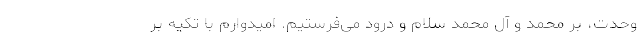
وحدت، بر محمد و آل محمد سلام و درود می‌فرستیم. امیدوارم با تکیه بر